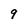
Character: 9